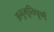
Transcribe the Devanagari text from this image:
अनुभूतिपूर्ण